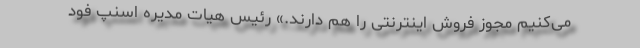
می‌کنیم مجوز فروش اینترنتی را هم دارند.» رئیس هیات مدیره اسنپ فود